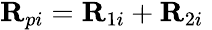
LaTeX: \begin{array}{r}{\mathbf{R}_{pi}=\mathbf{R}_{1i}+\mathbf{R}_{2i}\; }\end{array}